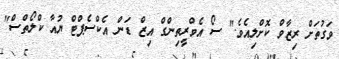
ވަގުތަށް ރިޒާވް ކޮށްލިއެވެ." ސޯ އެވްރީތިންގް އިޒް ޑަން އެކްސެޕްޓް ޔުއާ ކްލޯތްސް"